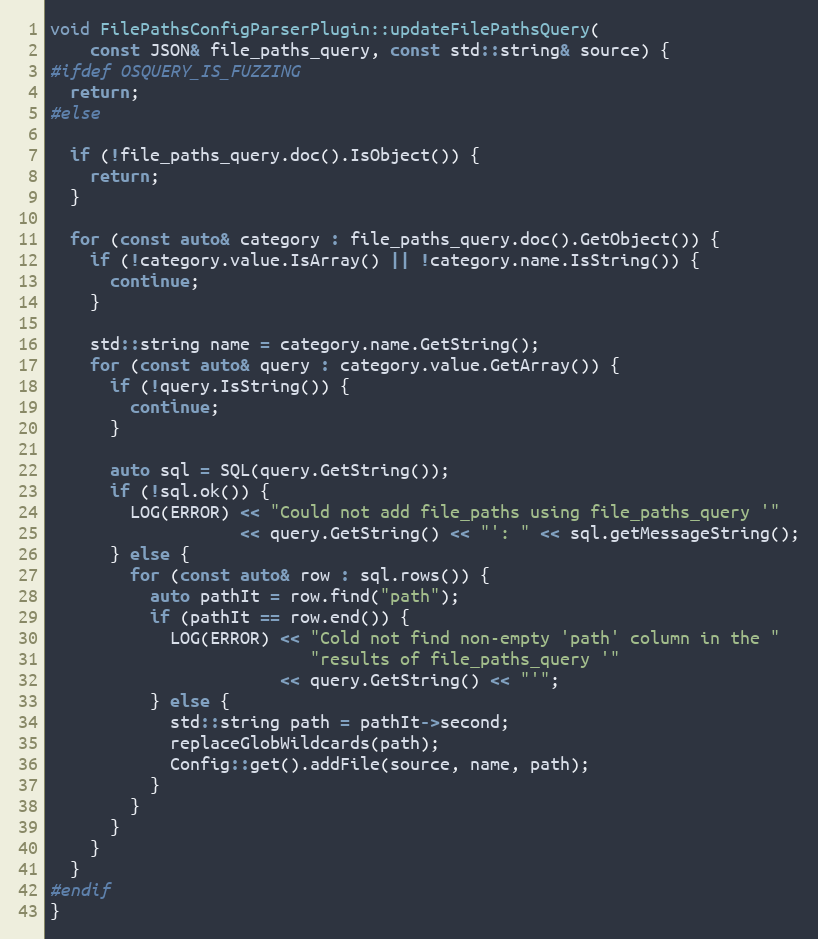
Language: C++
void FilePathsConfigParserPlugin::updateFilePathsQuery(
    const JSON& file_paths_query, const std::string& source) {
#ifdef OSQUERY_IS_FUZZING
  return;
#else

  if (!file_paths_query.doc().IsObject()) {
    return;
  }

  for (const auto& category : file_paths_query.doc().GetObject()) {
    if (!category.value.IsArray() || !category.name.IsString()) {
      continue;
    }

    std::string name = category.name.GetString();
    for (const auto& query : category.value.GetArray()) {
      if (!query.IsString()) {
        continue;
      }

      auto sql = SQL(query.GetString());
      if (!sql.ok()) {
        LOG(ERROR) << "Could not add file_paths using file_paths_query '"
                   << query.GetString() << "': " << sql.getMessageString();
      } else {
        for (const auto& row : sql.rows()) {
          auto pathIt = row.find("path");
          if (pathIt == row.end()) {
            LOG(ERROR) << "Cold not find non-empty 'path' column in the "
                          "results of file_paths_query '"
                       << query.GetString() << "'";
          } else {
            std::string path = pathIt->second;
            replaceGlobWildcards(path);
            Config::get().addFile(source, name, path);
          }
        }
      }
    }
  }
#endif
}